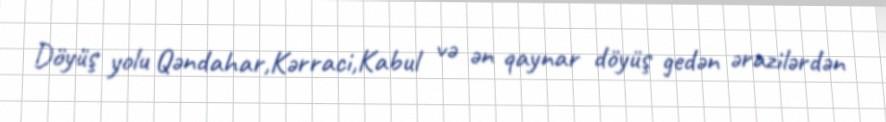
Döyüş yolu Qəndahar,Kərraci,Kabul və ən qaynar döyüş gedən ərazilərdən